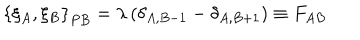
LaTeX: \left\{ \xi _ { A } , \xi _ { B } \right\} _ { P B } = \lambda \left( \delta _ { A , B - 1 } - \delta _ { A , B + 1 } \right) \equiv F _ { A B }